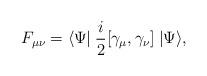
LaTeX: \begin{align*}F_{\mu\nu} = \langle \Psi \! \!\mid \frac{i}{2}[\gamma_{\mu},\gamma_{\nu}]\mid \! \! \Psi \rangle ,\end{align*}